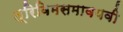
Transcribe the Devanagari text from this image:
त्रिविमसमावयवी